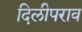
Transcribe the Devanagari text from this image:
दिलीपराव